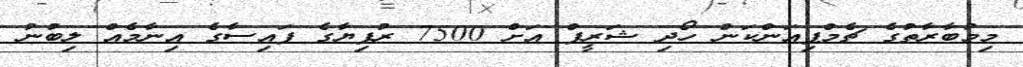
މިމުބާރާތުގެ ޗެމްޕިއަންކަން ހޯދި ޝަރީފް އަށް 7500 ރުފިޔާގެ ފައިސާގެ އިނާމެއް ލިބުނު